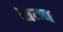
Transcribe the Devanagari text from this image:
सम्प